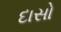
દાસો